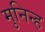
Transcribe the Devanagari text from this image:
मुनिन्ह